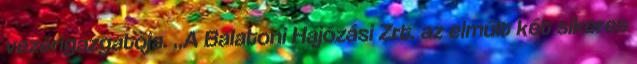
vezérigazgatója. „A Balatoni Hajózási Zrt. az elmúlt két sikeres